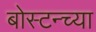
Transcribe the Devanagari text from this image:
बोस्टन्च्या